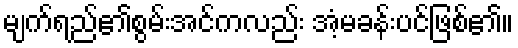
မျက်ရည်၏စွမ်းအင်ကလည်း အံ့မခန်းပင်ဖြစ်၏။